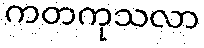
ကတကုသလာ